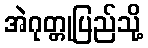
အဲဂုတ္တုပြည်သို့